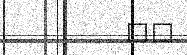
٥٣